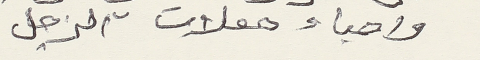
واحياء حفلات الزجل